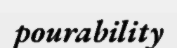
pourability